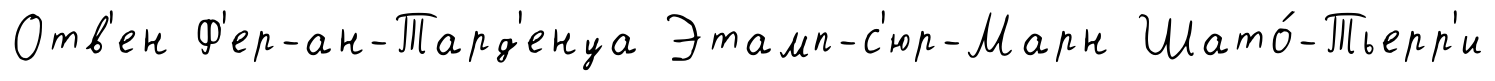
Отв'ен Ф'ер-ан-Тард'енуа Этамп-с'юр-Марн Шато́-Тьерр'и